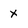
Character: X